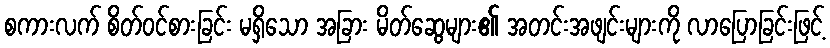
စကားလက် စိတ်ဝင်စားခြင်း မရှိသော အခြား မိတ်ဆွေများ၏ အတင်းအဖျင်းများကို လာပြောခြင်းဖြင့်